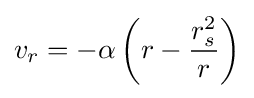
v_{r}=-\alpha \left(r-{\frac {r_{s}^{2}}{r}}\right)